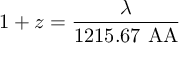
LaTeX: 1 + z = { \frac { \lambda } { 1 2 1 5 . 6 7 \mathrm { \ A A } } }